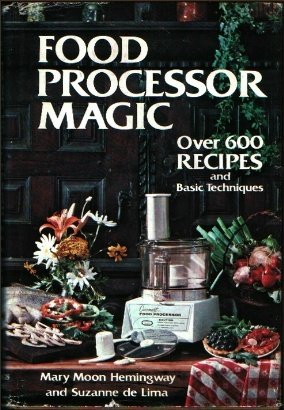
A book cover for Food Processor Magic: 622 Recipes, and Basic Techniques; Mary Moon Hemingway; Cookbooks, Food & Wine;